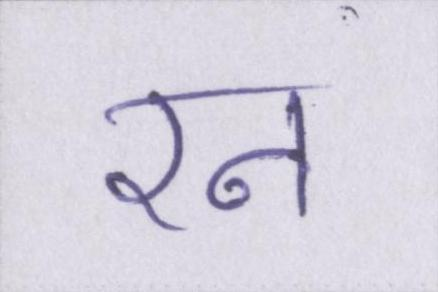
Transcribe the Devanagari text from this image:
रन